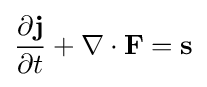
{\frac {\partial \mathbf {j} }{\partial t}}+\nabla \cdot \mathbf {F} =\mathbf {s}